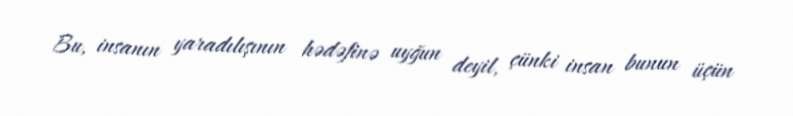
Bu, insanın yaradılışının hədəfinə uyğun deyil, çünki insan bunun üçün